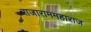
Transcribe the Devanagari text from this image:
राजाराममहाराज